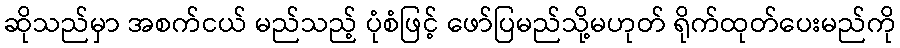
ဆိုသည်မှာ အစက်ငယ် မည်သည့် ပုံစံဖြင့် ဖော်ပြမည်သို့မဟုတ် ရိုက်ထုတ်ပေးမည်ကို